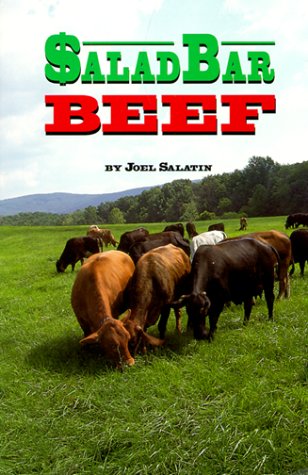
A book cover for Salad Bar Beef; Joel Salatin; Science & Math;